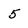
Character: 5